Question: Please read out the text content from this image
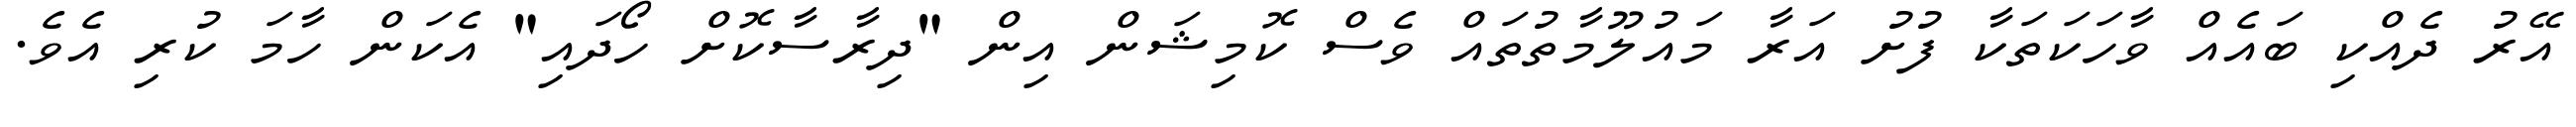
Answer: އޭރު ދެއްކި ބައެއް ވާހަކަތަކާ ފުށު އަރާ މައުލޫމާތުތައް ވެސް ކޮމިޝަން އިން "ދިރާސާކޮށް ހޯދައި" އެކަން ހާމަ ކުރި އެވެ.